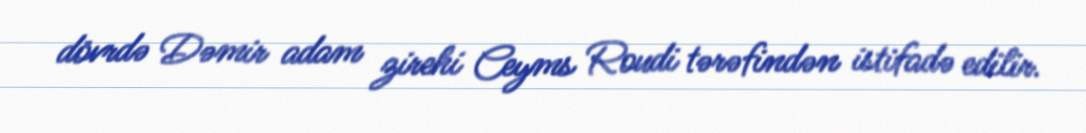
dövrdə Dəmir adam zirehi Ceyms Roudi tərəfindən istifadə edilir.